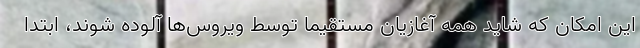
این امکان که شاید همه آغازیان مستقیما توسط ویروس‌ها آلوده شوند، ابتدا